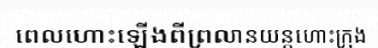
ពេលហោះឡើងពីព្រលានយន្តហោះក្រុង